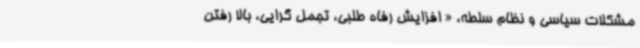
مشکلات سیاسی و نظام سلطه، « افزایش رفاه طلبی، تجمل گرایی، بالا رفتن